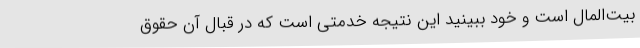
بیت‌المال است و خود ببینید این نتیجه خدمتی است که در قبال آن حقوق